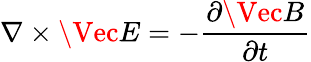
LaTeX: \nabla\times\Vec{E}=-\frac{\partial\Vec{B}}{\partial t}